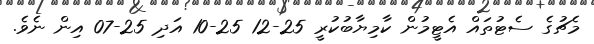
މެޗުގެ ސެޓުތައް އެޓީމުން ކާމިޔާބުކުރީ 25-12 25-10 އަދި 25-07 އިން ނެވެ.